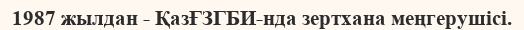
1987 жылдан - ҚазҒЗГБИ-нда зертхана меңгерушісі.